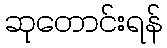
ဆုတောင်းရန်